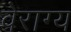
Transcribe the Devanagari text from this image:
वेराग्य